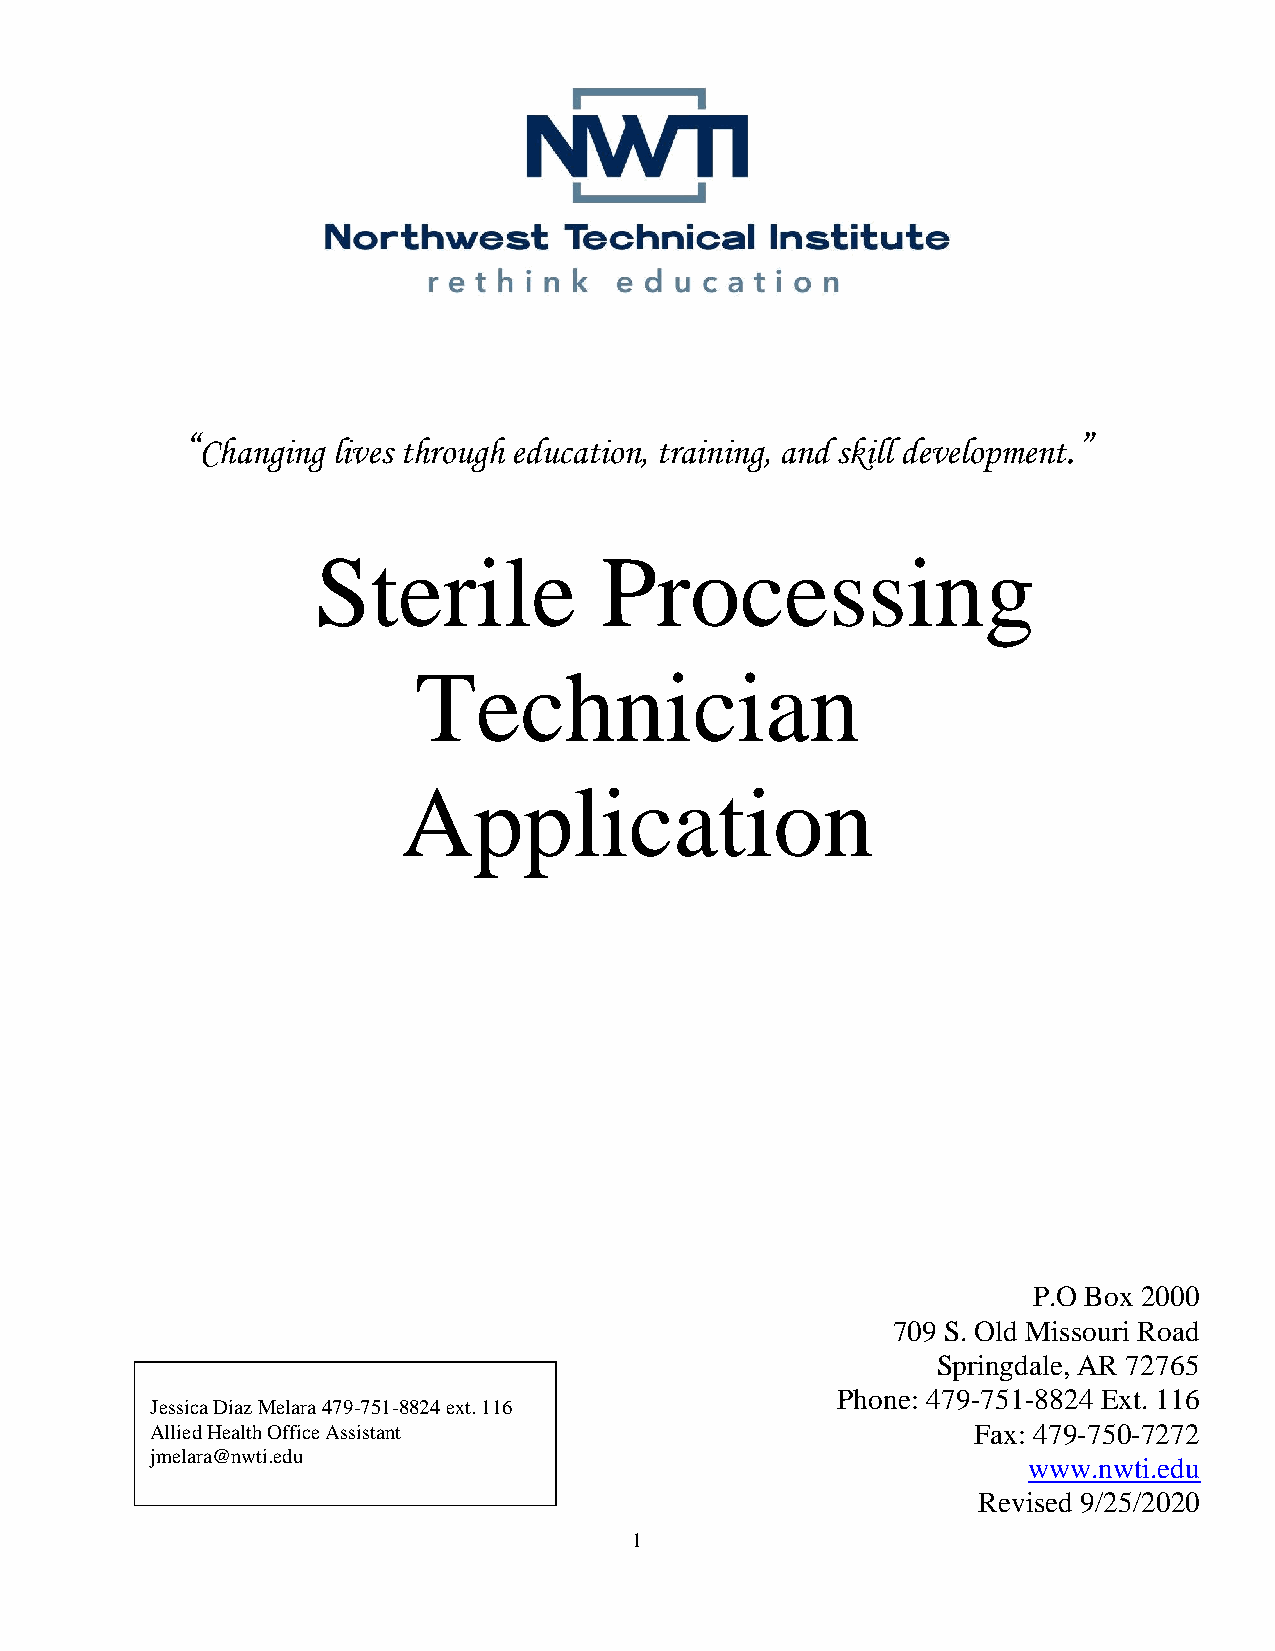
“Changing lives through education, training, and skill development.”
 Sterile            Processing
 Technician
 Application
 P.O Box 2000
 709 S. Old Missouri Road
 Springdale, AR 72765
 Phone: 479-751-8824 Ext. 116
 Jessica Diaz Melara 479-751-8824 ext. 116
 Allied Health Office Assistant                        Fax: 479-750-7272
 jmelara@nwti.edu
 www.nwti.edu
 Revised 9/25/2020
 1